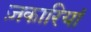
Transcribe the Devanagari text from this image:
ज़कारियां